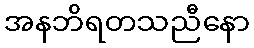
အနဘိရတသညီနော